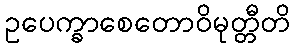
ဥပေက္ခာစေတောဝိမုတ္တီတိ